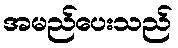
အမည်ပေးသည်